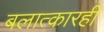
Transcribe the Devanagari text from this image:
बलात्कारही